Lunatic asylums in Bengal annual reports 1888-1898 - 1888-1898
Year: 1888
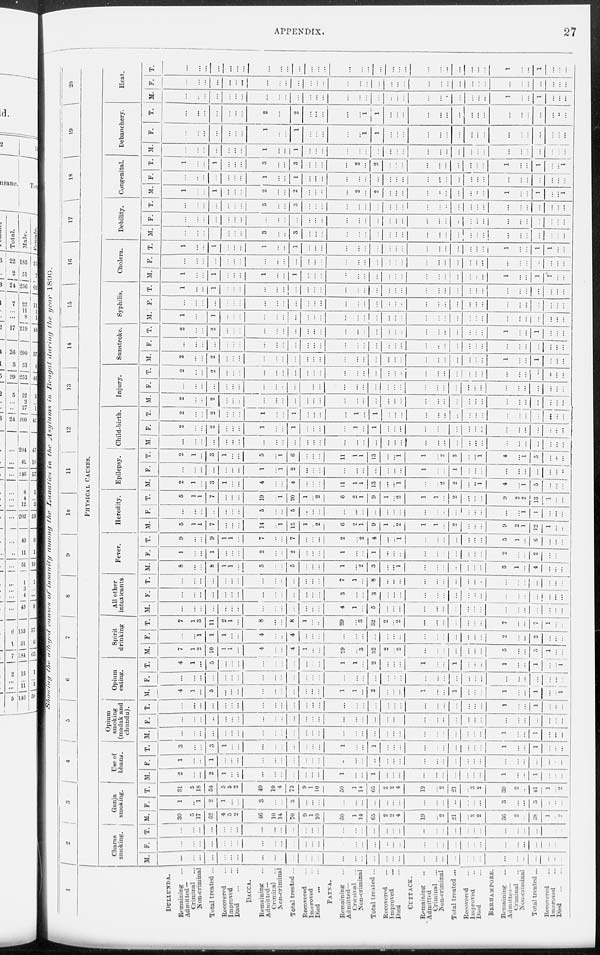
APPENDIX.
27
Showing the alleged causes of insanity
among the Lunatics in the Asylums in Bengal during the year 1890.
1
DULLUNDA.
Remaining ...
Admitted—
Criminal ...
Non-criminal
Total treated ...
Recovered ...
Improved ...
Died
...
...
DACCA.
Remaining ...
Admitted—
Criminal ...
Non-criminal
Total treated ...
Recovered ...
Improved ...
Died
... ...
PATNA.
Remaining ...
Admitted—
Criminal ...
Non-criminal ...
Total treated ...
Recovered ...
Improved ...
Died ...
CUTTACK.
Remaining ...
Admitted
Criminal ...
Non-criminal
Total treated ...
Recovered ...
Improved ...
Died ...
BERHAMPORE.
Remaining ...
Admitted—
Criminal ...
Non-criminal
Total treated ...
Recovered ...
Improved ...
Died
...
...
2
3
4
5 6 7
8
9
10
11
12
13
14
15 16
17 18
19 20
PHYSICAL CAUSES.
Charas
smoking.
M.
...
...
...
...
...
...
...
...
...
...
...
...
...
...
...
...
...
...
...
...
...
...
...
...
...
...
...
...
...
...
...
...
...
...
...
F.
...
...
...
...
...
...
...
...
...
...
...
...
...
...
...
...
...
...
...
...
...
...
...
...
...
...
...
...
...
...
...
...
...
...
...
T.
...
...
...
...
...
...
...
...
...
...
...
...
...
...
...
...
...
...
...
...
...
...
...
...
...
...
...
...
...
...
...
...
...
...
...
Ganja
smoking.
M.
30
5
17
52
4
5
2
46
10
14
70
9
1
10
50
1
14
65
2
2
4
19
...
2
21
...
3
2
36
2
...
38
1
...
2
F.
1
...
1
2
1
...
...
3
...
...
3
...
...
...
...
...
...
...
...
...
...
...
...
...
...
...
...
...
3
...
...
3
...
...
...
T.
31
5
18
54
5
5
2
49
10
14
73
9
1
10
50
1
14
65
2
2
4
19
...
2
21
...
3
2
39
2
...
41
1
...
2
Use of
bhang.
M.
2
...
...
2
1
...
...
...
...
...
...
...
...
...
1
...
...
1
...
...
...
...
...
...
...
...
...
...
1
...
...
1
...
...
...
F.
1
...
...
1
...
...
...
...
...
...
...
...
...
...
...
...
...
...
...
...
...
...
...
...
...
...
...
...
...
...
...
...
...
...
...
T.
3
...
...
3
1
...
...
...
...
...
...
...
...
...
1
...
...
1
...
...
...
...
...
...
...
...
...
...
1
...
...
1
...
...
...
Opium
smoking
(madak and
chundu).
M.
...
...
...
...
...
...
...
...
...
...
...
...
...
...
...
...
...
...
...
...
...
...
...
...
...
...
...
...
1
...
...
1
...
...
...
F.
...
...
...
...
...
...
...
...
...
...
...
...
...
...
...
...
...
...
...
...
...
...
...
...
...
...
...
...
...
...
...
...
...
...
...
T.
...
...
...
...
...
...
...
...
...
...
...
...
...
...
...
...
...
...
...
...
...
...
...
...
...
...
...
...
1
...
...
1
...
...
...
Opium
eating.
M.
4
1
...
5
...
...
...
...
...
...
...
...
...
...
1
1
...
2
...
...
...
1
...
...
1
...
...
...
1
...
...
1
...
...
1
F.
...
...
...
...
...
...
...
...
...
...
...
...
...
...
...
...
...
...
...
...
...
...
...
...
...
...
...
...
...
...
...
...
...
...
...
T.
4
1
...
5
...
...
...
...
...
...
...
...
...
...
1
1
...
2
...
...
...
1
...
...
1
...
...
...
1
...
...
1
...
...
1
Spirit
drinking
M.
7
1
2
10
1
1
...
4
...
...
4
1
...
...
29
...
3
32
2
...
2
...
...
...
...
...
...
...
5
...
...
5
1
...
...
F.
...
...
1
1
1
...
...
4
...
...
4
...
...
...
...
...
...
...
...
...
...
...
...
...
...
...
...
...
2
...
...
2
...
...
...
T.
7
1
3
11
2
1
...
8
...
...
8
1
...
...
29
...
3
32
2
...
2
...
...
...
...
...
...
...
7
...
...
7
1
...
...
All other
intoxicants.
M.
...
...
...
...
...
...
...
...
...
...
...
...
...
...
4
1
...
5
...
...
...
...
...
...
...
...
...
...
...
...
...
...
...
...
...
F.
...
...
...
...
...
...
...
...
...
...
...
...
...
...
3
...
...
3
...
...
...
...
...
...
...
...
...
...
...
...
...
...
...
...
...
T.
...
...
...
...
...
...
...
...
...
...
...
...
...
...
7
1
...
8
...
...
...
...
...
...
...
...
...
...
...
...
...
...
...
...
...
Fever.
M.
8
...
...
8
1
1
...
5
...
...
5
...
...
...
1
...
2
3
...
...
1
...
...
...
...
...
...
...
3
1
...
4
...
...
...
F.
1
...
...
1
...
...
...
2
...
...
2
...
...
...
1
...
...
1
...
...
...
...
...
...
...
...
...
...
2
...
...
2
...
...
...
T.
9
...
...
9
1
1
...
7
...
...
7
...
...
...
2
...
2
4
...
...
1
...
...
...
...
...
...
...
5
1
...
6
...
...
...
Heredity.
M.
5
1
1
7
...
...
...
14
...
1
15
1
...
2
6
2
1
9
1
...
2
1
1
...
2
...
...
...
9
2
1
12
1
...
...
F.
...
...
...
...
...
...
...
5
...
...
5
...
...
...
...
...
...
...
...
...
...
...
...
...
...
...
...
...
...
...
1
1
...
...
...
T.
5
1
1
7
...
...
...
19
...
1
20
1
...
2
6
2
1
9
1
...
2
1
1
...
2
...
...
...
9
2
2
13
1
...
...
Epilepsy.
M.
2
1
...
3
1
...
...
4
...
...
4
...
...
...
11
1
1
13
...
...
1
...
...
2
2
...
...
1
4
...
1
5
...
...
...
F.
...
...
...
...
...
...
...
1
...
1
2
...
...
...
...
...
...
...
...
...
...
1
...
...
1
...
...
...
...
...
...
...
...
...
...
T.
2
1
...
3
1
...
...
5
...
1
6
...
...
...
11
1
1
13
...
...
1
1
...
2
3
...
...
1
4
...
1
5
...
...
...
Child-birth.
M.
...
...
...
...
...
...
...
...
...
...
...
...
...
...
...
...
...
...
...
...
...
...
...
...
...
...
...
...
...
...
...
...
...
...
...
F.
2
...
...
2
...
...
...
1
...
...
1
...
...
...
...
1
...
1
...
...
...
...
...
...
...
...
...
...
...
...
...
...
...
...
...
T.
2
...
...
2
...
...
...
1
...
...
1
...
...
...
...
1
...
1
...
...
...
...
...
...
...
...
...
...
...
...
...
...
...
...
...
Injury.
M.
2
...
...
2
...
...
...
...
...
...
...
...
...
...
...
...
...
...
...
...
...
...
...
...
...
...
...
...
...
...
...
...
...
...
...
F.
...
...
...
...
...
...
...
...
...
...
...
...
...
...
...
...
...
...
...
...
...
...
...
...
...
...
...
...
...
...
...
...
...
...
...
T.
2
...
...
2
...
...
...
...
...
...
...
...
...
...
...
...
...
...
...
...
...
...
...
...
...
...
...
...
...
...
...
...
...
...
...
Sunstroke.
M.
2
...
...
2
...
...
...
...
...
...
...
...
...
...
...
...
...
...
...
...
...
...
...
...
...
...
...
...
1
...
...
1
...
...
...
F.
...
...
...
...
...
...
...
...
...
...
...
...
...
...
...
...
...
...
...
...
...
...
...
...
...
...
...
...
...
...
...
...
...
...
...
T.
2
...
...
2
...
...
...
...
...
...
...
...
...
...
...
...
...
...
...
...
...
...
...
...
...
...
...
...
1
...
...
1
...
...
...
Syphilis.
M.
1
...
...
1
...
...
...
...
...
...
...
...
...
...
...
...
...
...
...
...
...
...
...
...
...
...
...
...
...
...
...
...
...
...
...
F.
...
...
...
...
...
...
...
...
...
...
...
...
...
...
...
...
...
...
...
...
...
...
...
...
...
...
...
...
...
...
...
...
...
...
...
T.
1
...
...
1
...
...
...
...
...
...
...
...
...
...
...
...
...
...
...
...
...
...
...
...
...
...
...
...
...
...
...
...
...
...
...
Cholera.
M.
1
...
...
1
...
...
...
1
...
...
1
...
...
...
...
...
...
...
...
...
...
...
...
...
...
...
...
...
1
...
...
1
1
...
...
F.
...
...
...
...
...
...
...
...
...
...
...
...
...
...
...
...
...
...
...
...
...
...
...
...
...
...
...
...
...
...
...
...
...
...
...
T.
1
...
...
1
...
...
...
1
...
...
1
...
...
...
...
...
...
...
...
...
...
...
...
...
...
...
...
...
1
...
...
1
1
...
...
Debility.
M.
...
...
...
...
...
...
...
3
...
...
3
...
...
...
...
...
...
...
...
...
...
...
...
...
...
...
...
...
...
...
...
...
...
...
...
F.
...
...
...
...
...
...
...
...
...
...
...
...
...
...
...
...
...
...
...
...
...
...
...
...
...
...
...
...
...
...
...
...
...
...
...
T.
...
...
...
...
...
...
...
3
...
...
3
...
...
...
...
...
...
...
...
...
...
...
...
...
...
...
...
...
...
...
...
...
...
...
...
Congenital.
M.
1
...
...
1
...
...
...
2
...
...
2
...
...
...
...
2
...
2
...
...
...
...
...
...
...
...
...
...
1
...
...
1
...
...
1
F.
...
...
...
...
...
...
...
1
...
...
1
...
...
...
...
...
...
...
...
...
...
...
...
...
...
...
...
...
...
...
...
...
...
...
...
T.
1
...
...
1
...
...
...
3
...
...
3
...
...
...
...
2
...
2
...
...
...
...
...
...
...
...
...
...
1
...
...
1
...
...
1
Debanchery.
M.
...
...
...
...
...
...
...
1
...
...
1
...
...
...
...
...
...
...
...
...
...
...
...
...
...
...
...
...
...
...
...
...
...
...
...
F.
...
...
...
...
...
...
...
1
...
...
1
...
...
...
...
...
1
1
...
...
...
...
...
...
...
...
...
...
...
...
...
...
...
...
...
T.
...
...
...
...
...
...
...
2
...
...
2
...
...
...
...
...
1
1
...
...
...
...
...
...
...
...
...
...
...
...
...
...
...
...
...
Heat.
M.
...
...
...
...
...
...
...
...
...
...
...
...
...
...
...
...
...
...
...
...
...
...
...
...
...
...
...
...
1
...
...
1
...
...
...
F.
...
...
...
...
...
...
...
...
...
...
...
...
...
...
...
...
...
...
...
...
...
...
...
...
...
...
...
...
...
...
...
...
...
...
...
T.
...
...
...
...
...
...
...
...
...
...
...
...
...
...
...
...
...
...
...
...
...
...
...
...
...
...
...
...
1
...
...
1
...
...
...